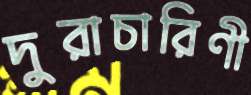
দুরাচারিণী